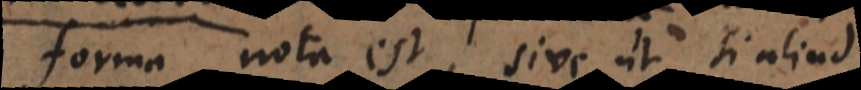
forma nota est, sive ut si aliud